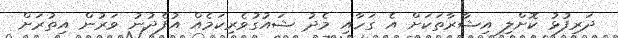
ދަރިފުޅު ކޮށްލި އިޝާރާތަކަށް އެ ގަހާއި މެދު ޝައުގުވެރިކަމެއް އުފެދުނު ވަރުން އިތުރަށް